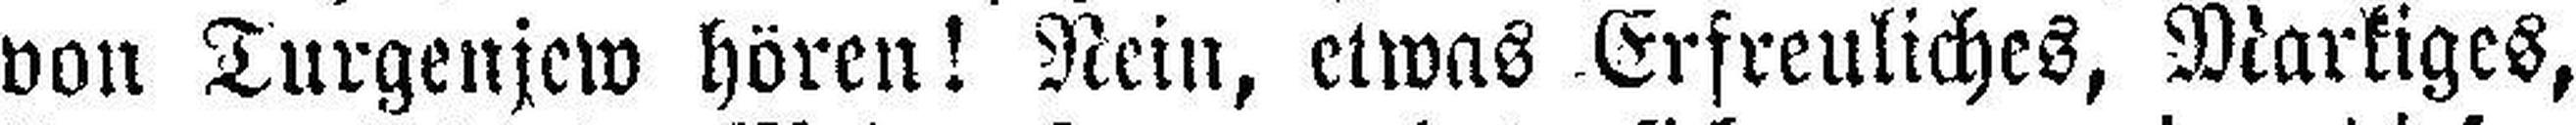
von Turgenjew hören! Nein, etwas Erfreuliches, Markiges,